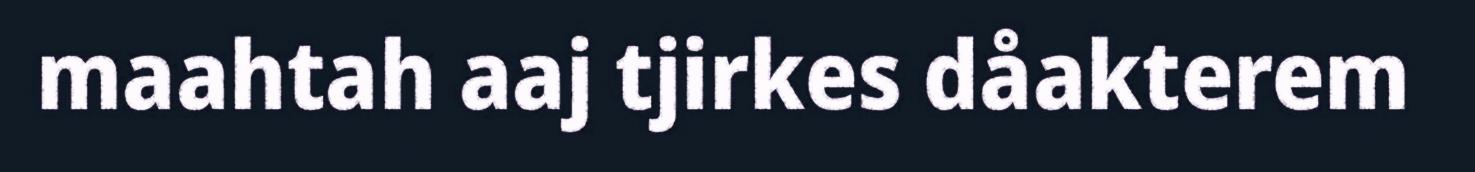
maahtah aaj tjirkes dåakterem